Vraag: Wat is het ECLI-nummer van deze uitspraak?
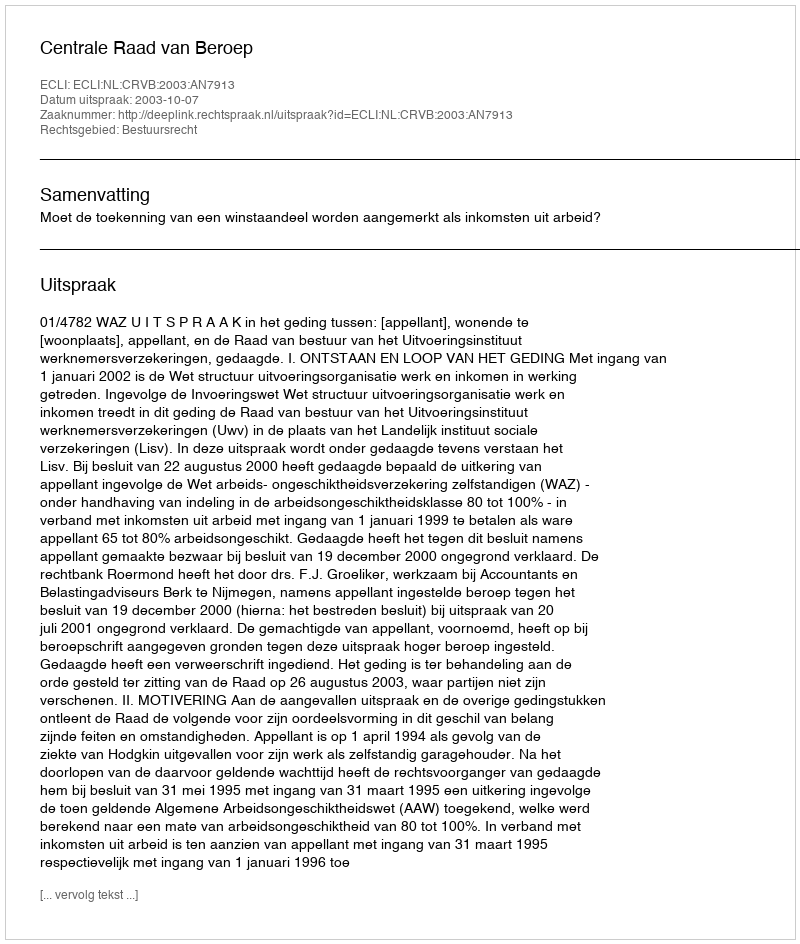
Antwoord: ECLI:NL:CRVB:2003:AN7913